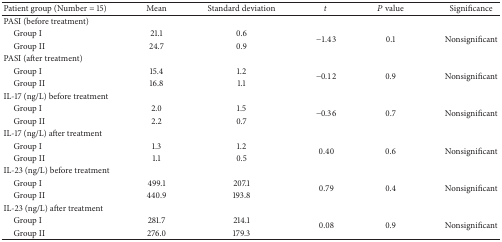
<table><thead><tr><td><b>Patient group (Number = 15)</b></td><td><b>Mean</b></td><td><b>Standard deviation</b></td><td><b><i>t</i></b></td><td><b><i>P</i> value</b></td><td><b>Significance</b></td></tr></thead><tbody><tr><td>PASI (before treatment)</td><td> </td><td> </td><td> </td><td> </td><td> </td></tr><tr><td> Group I</td><td>21.1</td><td>0.6</td><td rowspan="2">−1.43</td><td rowspan="2">0.1</td><td rowspan="2">Nonsignificant</td></tr><tr><td> Group II</td><td>24.7</td><td>0.9</td></tr><tr><td>PASI (after treatment)</td><td> </td><td> </td><td> </td><td> </td><td> </td></tr><tr><td> Group I</td><td>15.4</td><td>1.2</td><td rowspan="2">−0.12</td><td rowspan="2">0.9</td><td rowspan="2">Nonsignificant</td></tr><tr><td> Group II</td><td>16.8</td><td>1.1</td></tr><tr><td>IL-17 (ng/L) before treatment</td><td> </td><td> </td><td> </td><td> </td><td> </td></tr><tr><td> Group I</td><td>2.0</td><td>1.5</td><td rowspan="2">−0.36</td><td rowspan="2">0.7</td><td rowspan="2">Nonsignificant</td></tr><tr><td> Group II</td><td>2.2</td><td>0.7</td></tr><tr><td>IL-17 (ng/L) after treatment</td><td> </td><td> </td><td> </td><td> </td><td> </td></tr><tr><td> Group I</td><td>1.3</td><td>1.2</td><td rowspan="2">0.40</td><td rowspan="2">0.6</td><td rowspan="2">Nonsignificant</td></tr><tr><td> Group II</td><td>1.1</td><td>0.5</td></tr><tr><td>IL-23 (ng/L) before treatment</td><td> </td><td> </td><td> </td><td> </td><td> </td></tr><tr><td> Group I</td><td>499.1</td><td>207.1</td><td rowspan="2">0.79</td><td rowspan="2">0.4</td><td rowspan="2">Nonsignificant</td></tr><tr><td> Group II</td><td>440.9</td><td>193.8</td></tr><tr><td>IL-23 (ng/L) after treatment</td><td> </td><td> </td><td> </td><td> </td><td> </td></tr><tr><td> Group I</td><td>281.7</td><td>214.1</td><td rowspan="2">0.08</td><td rowspan="2">0.9</td><td rowspan="2">Nonsignificant</td></tr><tr><td> Group II</td><td>276.0</td><td>179.3</td></tr></tbody></table>